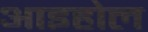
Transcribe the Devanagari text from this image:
आइहोल